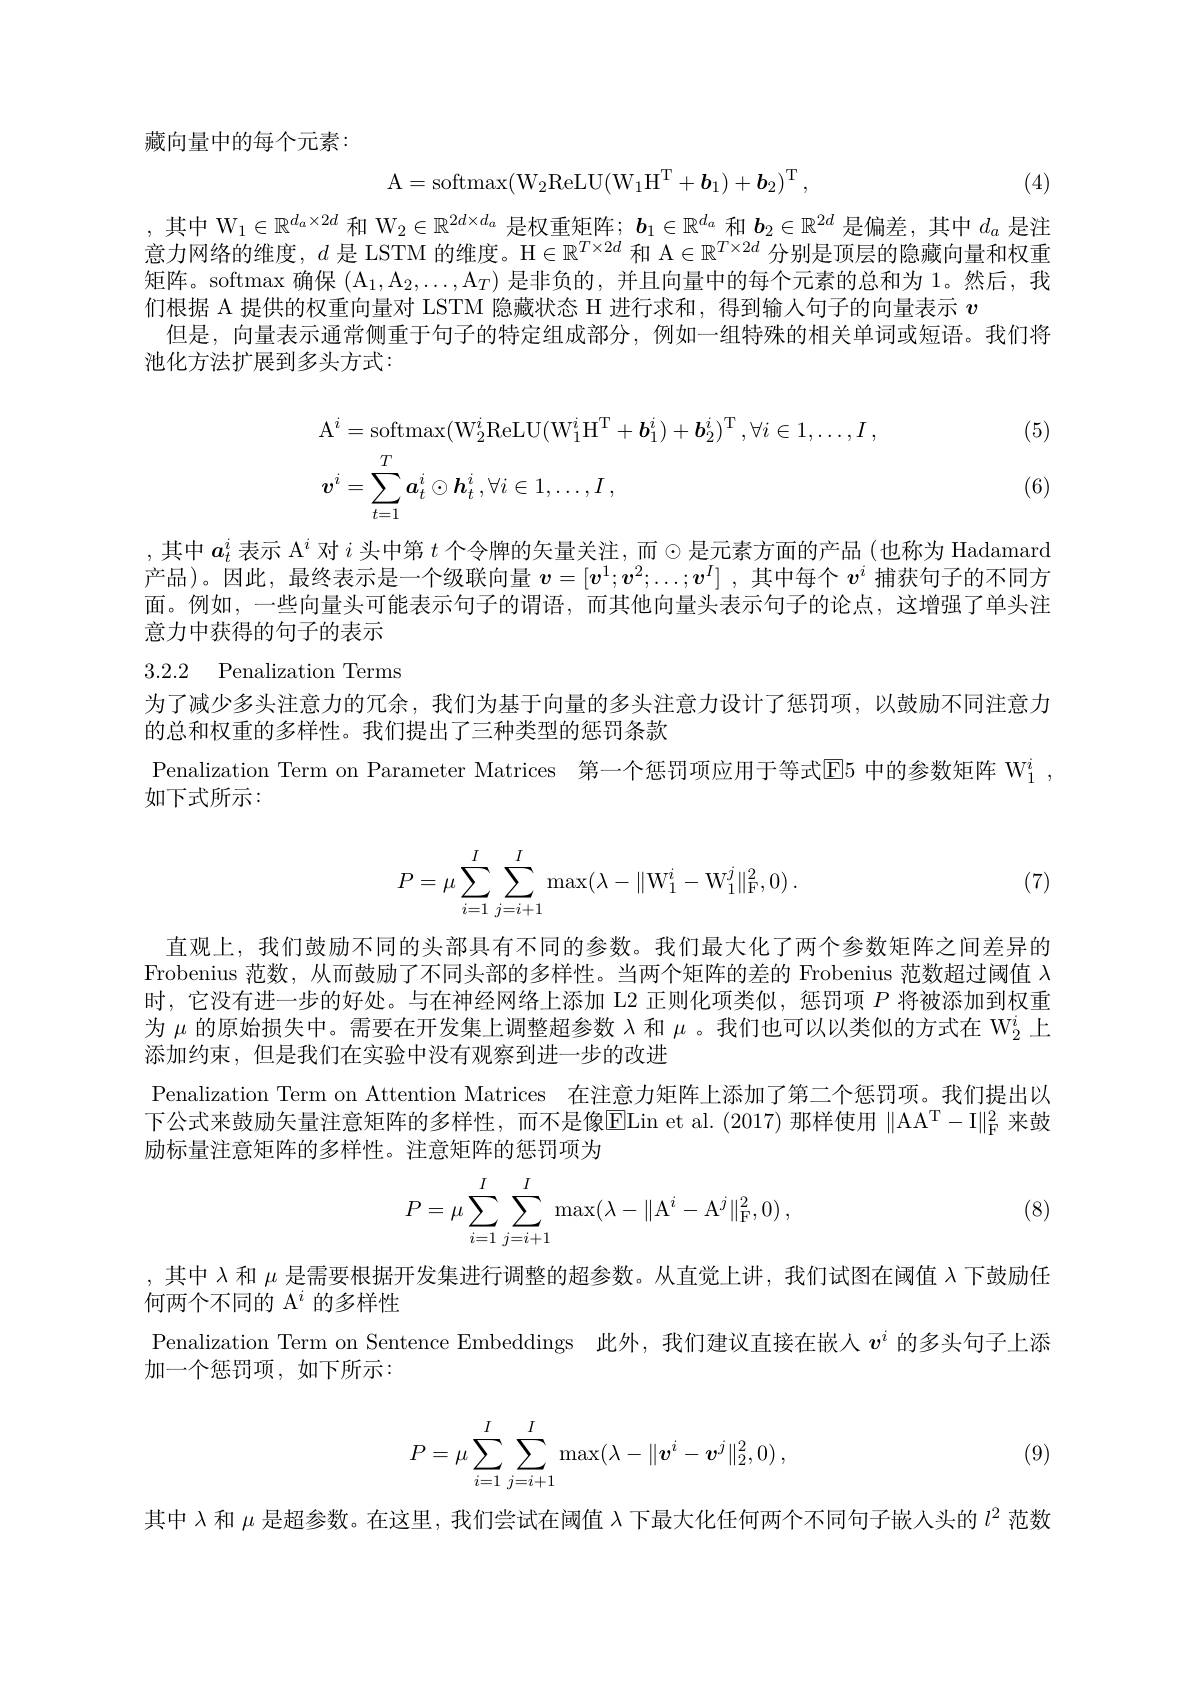
藏向量中的每个元素：
$$\mathrm{A}=\mathrm{softmax}(\mathrm{W}_2\mathrm{ReLU}(\mathrm{W}_1\mathrm{H}^\mathrm{T}+b_1)+b_2)^\mathrm{T}\:,$$
(4)

,其中$\mathcal{W}_1\in\mathbb{R}^{d_a\times2d}$和$\mathcal{W}_2\in\mathbb{R}^{2d\times d_a}$是权重矩阵；$\boldsymbol{b}_1\in\mathbb{R}^{d_a}$和$\boldsymbol{b}_2\in\mathbb{R}^{2d}$是偏差，其中$d_a$是注意力网络的维度，$d$是 LSTM 的维度。H$\in\mathbb{R}^T\times2d$和 A$\in\mathbb{R}^T\times2d$分别是顶层的隐藏向量和权重矩阵。softmax 确保 (A_1,A_2,\ldots,A_T) 是非负的，并且向量中的每个元素的总和为 1。然后，我们根据 A 提供的权重向量对 LSTM 隐藏状态 H 进行求和，得到输人句子的向量表示$v$
但是，向量表示通常侧重于句子的特定组成部分，例如一组特殊的相关单词或短语。我们将
池化方法扩展到多头方式：

(5)
$$\begin{aligned}&\mathrm{A}^{i}=\mathrm{softmax}(\mathrm{W}_{2}^{i}\mathrm{ReLU}(\mathrm{W}_{1}^{i}\mathrm{H}^{\mathrm{T}}+\boldsymbol{b}_{1}^{i})+\boldsymbol{b}_{2}^{i})^{\mathrm{T}}\:,\forall i\in1,\ldots,I\:,\\&\boldsymbol{v}^{i}=\sum_{t=1}^{T}\boldsymbol{a}_{t}^{i}\odot\boldsymbol{h}_{t}^{i},\forall i\in1,\ldots,I\:,\end{aligned}$$
(6)

,其中$a_t^i$表示 A$^i$对$i$头中第$t$个令牌的矢量关注，而$\odot$是元素方面的产品(也称为 Hadamard 产品)。因此，最终表示是一个级联向量$v=[v^1;v^2;\ldots;v^I]$ ,其中每个$v^i$捕获句子的不同方面。例如，一些向量头可能表示句子的谓语，而其他向量头表示句子的论点，这增强了单头注意力中获得的句子的表示

# 3.2.2 Penalization Terms

为了减少多头注意力的冗余，我们为基于向量的多头注意力设计了惩罚项，以鼓励不同注意力
的总和权重的多样性。我们提出了三种类型的惩罚条款
Penalization Term on Parameter Matrices 第一个惩罚项应用于等式$\overline{\mathrm{E}}5$ 中的参数矩阵 W$_1^i$,
如下式所示：
$$P=\mu\sum\limits_{i=1}^I\sum\limits_{j=i+1}^I\max(\lambda-\|\mathrm W_1^i-\mathrm W_1^j\|_{\mathrm F}^2,0)\:.$$
(7)

直观上，我们鼓励不同的头部具有不同的参数。我们最大化了两个参数矩阵之间差异的Frobenius 范数，从而鼓励了不同头部的多样性。当两个矩阵的差的 Frobenius 范数超过阈值$\lambda$ 时，它没有进一步的好处。与在神经网络上添加 L2 正则化项类似，惩罚项$P$将被添加到权重为$\mu$的原始损失中。需要在开发集上调整超参数$\lambda$和$\mu$ 。我们也可以以类似的方式在$\mathrm{W}_{2}^i$上添加约束，但是我们在实验中没有观察到进一步的改进
Penalization Term on Attention Matrices 在注意力矩阵上添加了第二个惩罚项。我们提出以下公式来鼓励矢量注意矩阵的多样性，而不是像$\overline{\mathrm{E}}$Lin et al.(2017)那样使用 $\|$A$A^T$- I$\| _{\mathrm{F} }^2$ 来鼓励标量注意矩阵的多样性。注意矩阵的惩罚项为
$$P=\mu\sum\limits_{i=1}^I\sum\limits_{j=i+1}^I\max(\lambda-\|\mathrm A^i-\mathrm A^j\|_{\mathrm F}^2,0)\:,$$
(8)

,其中$\lambda$和$\mu$是需要根据开发集进行调整的超参数。从直觉上讲，我们试图在阈值$\lambda$下鼓励任
何两个不同的$\mathrm{A}^i$的多样性
Penalization Term on Sentence Embeddings 此外，我们建议直接在嵌人$v^i$的多头句子上添
加一个惩罚项，如下所示：
$$P=\mu\sum\limits_{i=1}^I\sum\limits_{j=i+1}^I\max(\lambda-\|\boldsymbol{v}^i-\boldsymbol{v}^j\|_2^2,0)\:,$$
(9)

其中 λ和$\mu$是超参数。在这里，我们尝试在阈值 λ下最大化任何两个不同句子嵌人头的$l^{2}$范数